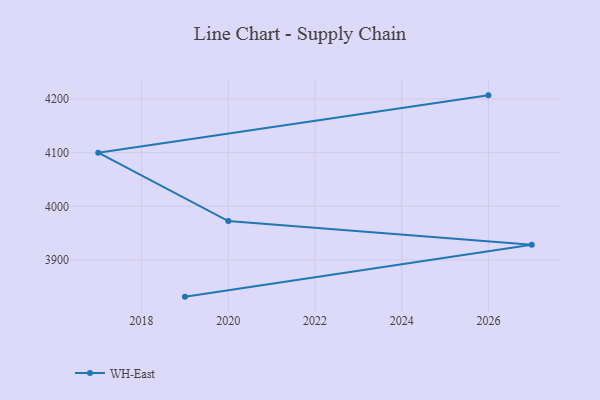
{"axis": {"x": "Year", "y": "Gross Profit (USD K)"}, "legend": ["WH-East"], "data": [{"x": "2019", "y": 3831.7, "type": "WH-East"}, {"x": "2027", "y": 3928.4, "type": "WH-East"}, {"x": "2020", "y": 3972.4, "type": "WH-East"}, {"x": "2017", "y": 4099.9, "type": "WH-East"}, {"x": "2026", "y": 4206.7, "type": "WH-East"}]}